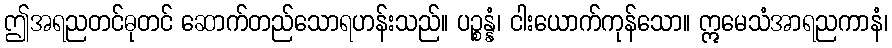
ဤအရညတင်ဓုတင် ဆောက်တည်သောရဟန်းသည်။ ပဉ္စန္နံ၊ ငါးယောက်ကုန်သော။ ဣမေသံအာရညကာနံ၊